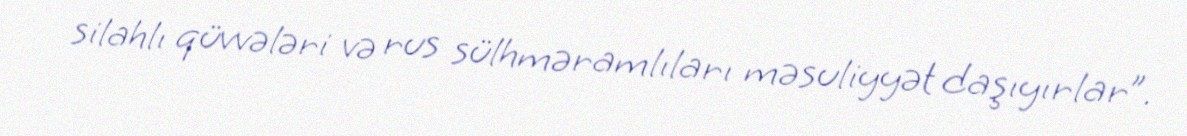
silahlı qüvvələri və rus sülhməramlıları məsuliyyət daşıyırlar”.